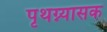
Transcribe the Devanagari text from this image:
पृथग्न्यासक